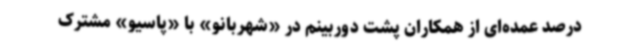
درصد عمده‌ای از همکاران پشت دوربینم در «شهربانو» با «پاسیو» مشترک